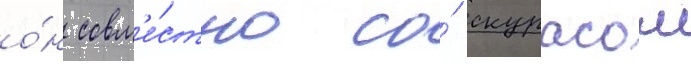
о́н совм'е́стно со́ скурасом